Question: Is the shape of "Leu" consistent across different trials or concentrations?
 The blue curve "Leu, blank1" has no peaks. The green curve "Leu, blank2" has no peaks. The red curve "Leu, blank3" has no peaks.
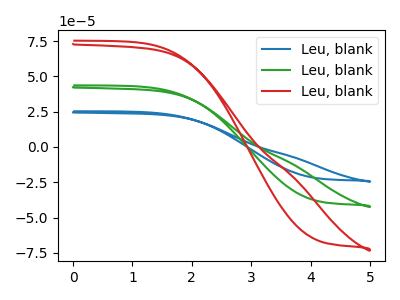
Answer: <think>Neither "Leu, blank1" or "Leu, blank2" have any peaks. Neither "Leu, blank1" or "Leu, blank3" have any peaks. Neither "Leu, blank2" or "Leu, blank3" have any peaks.
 </think>
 <answer>All the CV's of "Leu" have similar shape.</answer>
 <eval>follow_rule</eval>